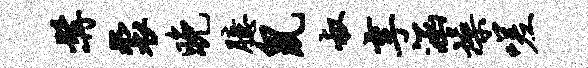
髯裘晚臆鼠叔享涵燥嗟